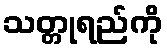
သတ္တုရည်ကို